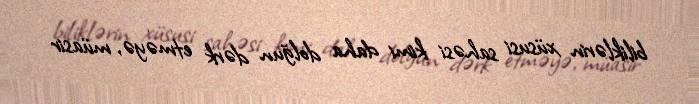
biliklərin xüsusi sahəsi kimi daha dolğun dərk etməyə, müasir